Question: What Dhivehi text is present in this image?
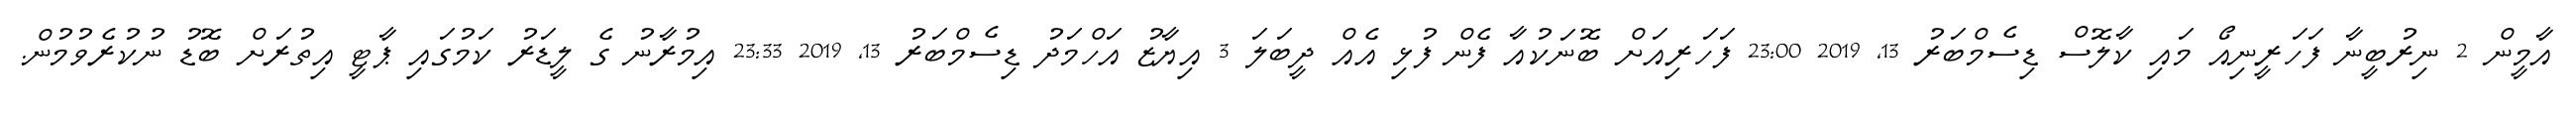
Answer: އާމީން 2 ނިރުބީނާ ފަހަރީނިއޯ މައި ކާލޮސް ޑިސެމްބަރު 13, 2019 23:00 ފަހަރިއަށް ބޮނަކުއާ ފެން ފުޅި އެއް ދީބަލަ 3 އިޔާޒު އަހްމަދު ޑިސެމްބަރު 13, 2019 23:33 އިމުރާނު ގެ ލީޑަރު ކަމުގައި ޕާޓީ އިތުރަށް ބޮޑު ނުކުރެވުމުން.